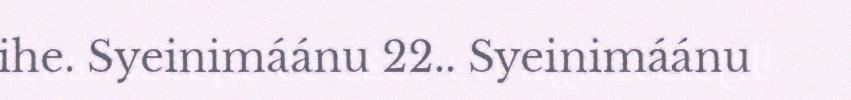
ihe. Syeinimáánu 22.. Syeinimáánu